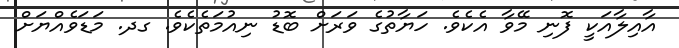
އާއިލާއަކީ ފޮނި މޭވާ އެކެވެ. ހަޔާތުގެ ވަރަށް ބޮޑު ނިއުމަތެކެވެ. ގދ. މަޑަވެއްޔަށް